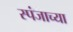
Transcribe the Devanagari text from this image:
स्पंजाच्या